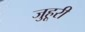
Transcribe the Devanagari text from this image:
जुहूरी